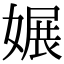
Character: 㜊